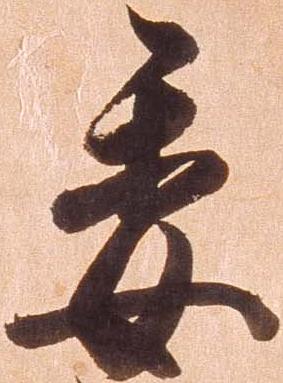
委